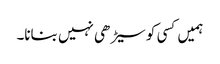
ہمیں کسی کو سیڑھی نہیں بنانا۔